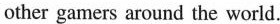
other gamers around the world.